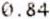
0.84